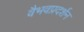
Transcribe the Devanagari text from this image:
वैभवप्रदर्शन